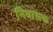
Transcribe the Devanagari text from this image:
निवासक